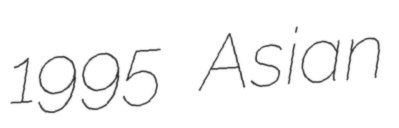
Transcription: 1995 Asian